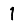
Digit: 1